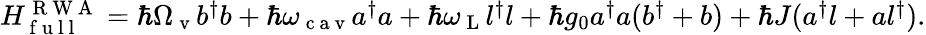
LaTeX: \begin{array}{r}{H_{\mathrm{~f~u~l~l~}}^{\mathrm{~R~W~A~}}=\hbar\Omega_{\mathrm{~v~}}b^{\dagger}b+\hbar\omega_{\mathrm{~c~a~v~}}a^{\dagger}a+\hbar\omega_{\mathrm{~L~}}l^{\dagger}l+\hbar g_{0}a^{\dagger}a(b^{\dagger}+b)+\hbar J(a^{\dagger}l+al^{\dagger}).}\end{array}